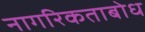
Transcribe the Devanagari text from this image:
नागरिकताबोध